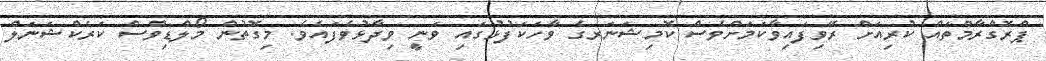
ޕްރޮގްރާމްތައް ކުރިއަށް ރޭވިފައިވާކަމަށްވެސް ކޮމިޝަނަރގެ ވާހަކަފުޅުގައި ވަނީ ވިދާޅުވެފައެވެ. މިގޮތުން މޯލްޑިވްސް ކަރެކްޝަނަލް